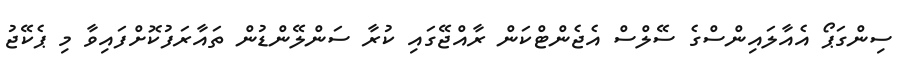
ސިންގަޕޯ އެއާލައިންސްގެ ސޭލްސް އެޖެންޓްކަން ރާއްޖޭގައި ކުރާ ސަންލޭންޑުން ތައާރަފުކޮށްފައިވާ މި ޕެކޭޖު